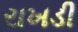
રાખડી